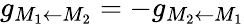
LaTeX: g_{M_{1}\leftarrow M_{2}}=-g_{M_{2}\leftarrow M_{1}}